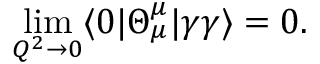
\operatorname * { l i m } _ { Q ^ { 2 } \to 0 } \langle 0 | \Theta _ { \mu } ^ { \mu } | \gamma \gamma \rangle = 0 .